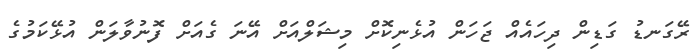
ރޭގަނޑު ގަޑިން ދިހައެއް ޖަހަން އުޅެނިކޮށް މިޝަލްއަށް އޭނަ ގެއަށް ފޮނުވާލަން އުޅޭކަމުގެ